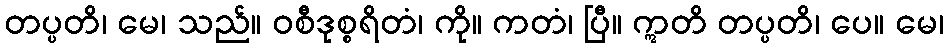
တပ္ပတိ၊ မေ၊ သည်။ ဝစီဒုစ္စရိတံ၊ ကို။ ကတံ၊ ပြီ။ ဣတိ တပ္ပတိ၊ ပေ။ မေ၊